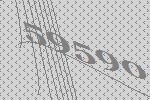
59590